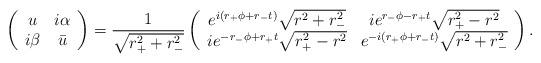
LaTeX: \begin{align*}\left( \begin{array}{cc} u & i\alpha \\ i\beta & \bar{u} \end{array} \right) =\frac{1}{\sqrt{r_+^2 + r_-^2}}\left( \begin{array}{cc}e^{i (r_+ \phi+r_- t)} \sqrt{r^2 + r_-^2} & i e^{r_- \phi-r_+ t}\sqrt{r_+^2 - r^2} \\i e^{- r_- \phi+ r_+ t} \sqrt{r_+^2 - r^2} & e^{- i ( r_+ \phi + r_- t)} \sqrt{r^2 + r_-^2} \end{array} \right) .\end{align*}